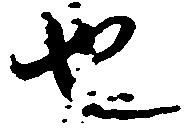
也